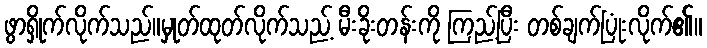
ဖွာရှိုက်လိုက်သည်။မှုတ်ထုတ်လိုက်သည့် မီးခိုးတန်းကို ကြည့်ပြီး တစ်ချက်ပြုံးလိုက်၏။